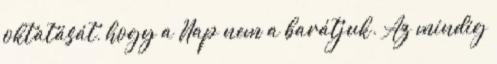
oktatását, hogy a Nap nem a barátjuk. Az mindig